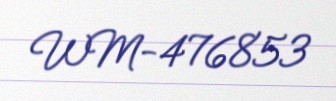
WM-476853